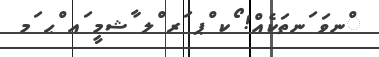
ްނވަ ަނތަކެއް! ޯކ ްޕ ަރ ްލ ާޝމީ ައ ްޙ ަމ